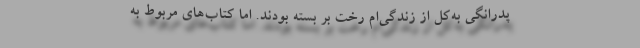
پدرانگی به‌کل از زندگی‌ام رخت بر بسته بودند. اما کتاب‌های مربوط به